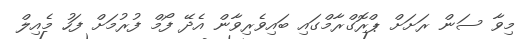
މިވާ ސަން ރަށަށް ޕްރޮގްރާމްގައި ބައިވެރިވާން އެދޭ ފޯމް ފުރުމަށް ފަހު މެއިލް